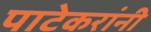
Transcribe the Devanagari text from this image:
पाटेकरांनी